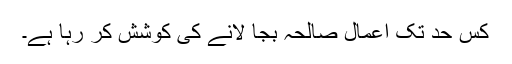
کس حد تک اعمالِ صالحہ بجا لانے کی کوشش کر رہا ہے۔